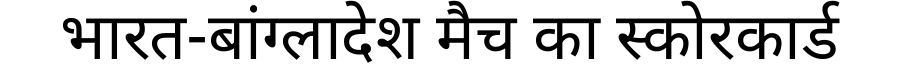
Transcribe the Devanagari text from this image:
भारत-बांग्लादेश मैच का स्कोरकार्ड